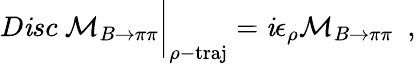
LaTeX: D\mathit{i}sc~{\cal{M}}_{B\to\pi\pi}\bigg|_{\rho-\mathrm{{traj}}}=\mathit{i}\epsilon_{\rho}{\cal{M}}_{B\to\pi\pi}\ \ ,